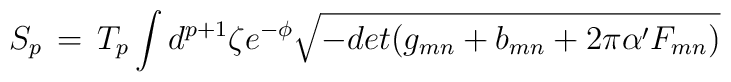
S_p \, = \, T_p \int d^{p + 1} \zeta e^{- \phi} \sqrt{- det(g_{mn} + b_{mn} + 2 \pi \alpha' F_{mn})}